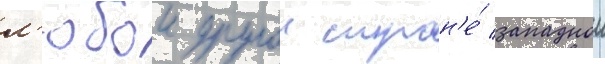
л'юбои другои стран'е́ западнои